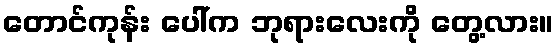
တောင်ကုန်း ပေါ်က ဘုရားလေးကို တွေ့လား။